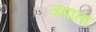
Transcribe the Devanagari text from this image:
जपाता